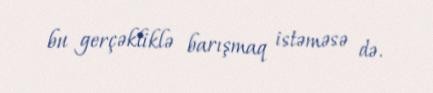
bu gerçəkliklə barışmaq istəməsə də.